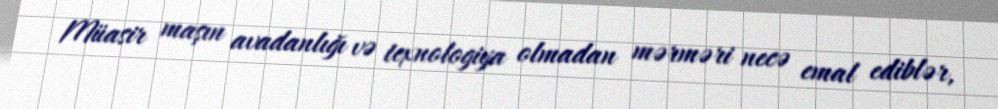
Müasir maşın avadanlığı və texnologiya olmadan mərməri necə emal ediblər,